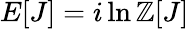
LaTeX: E[J]=i\ln\mathbb{Z}[J]